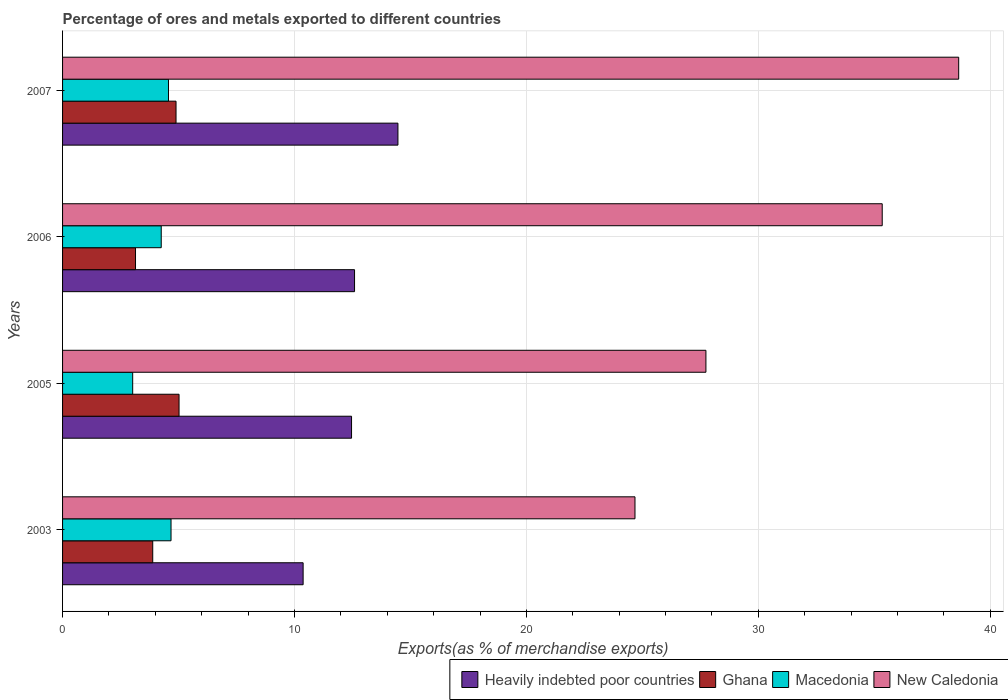
| Years | Heavily indebted poor countries | Ghana | Macedonia | New Caledonia |
 | --- | --- | --- | --- | --- |
 | 2003 | 10.4 | 3.89 | 4.68 | 24.7 |
 | 2005 | 12.5 | 5.02 | 3.02 | 27.7 |
 | 2006 | 12.6 | 3.15 | 4.25 | 35.3 |
 | 2007 | 14.5 | 4.89 | 4.57 | 38.6 |